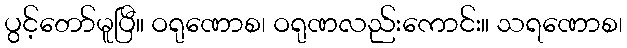
ပွင့်တော်မူပြီ။ ဝရုဏောစ၊ ဝရုဏလည်းကောင်း။ သရဏောစ၊